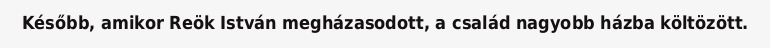
Később, amikor Reök István megházasodott, a család nagyobb házba költözött.